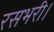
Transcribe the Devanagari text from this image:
रसभरी।